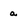
Character: a